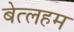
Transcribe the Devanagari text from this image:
बेत्लहम